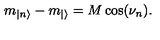
m _ { | n \rangle } - m _ { | \rangle } = M \cos ( \nu _ { n } ) .